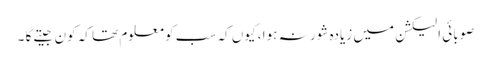
صوبائی الیکشن میں زیادہ شور نہ ہوا ، کیوں کہ سب کو معلوم تھا کہ کون جیتے گا ۔